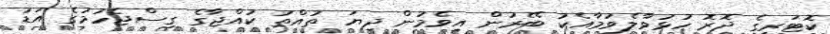
ކޮޓަރީގެ ދޮރޮ ހުޅުވާލެވުމާއެކު ބޭރުން އިވެމުން ދިޔަ ތުއްތު ކުއްޖާގެ ގިސްޖެހުމުގެ އަޑު